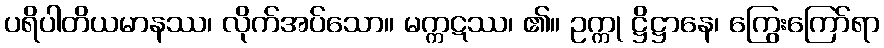
ပရိပါတိယမာနဿ၊ လိုက်အပ်သော။ မက္ကဋဿ၊ ၏။ ဥက္ကု ဋ္ဌိဋ္ဌာနေ၊ ကြွေးကြော်ရာ